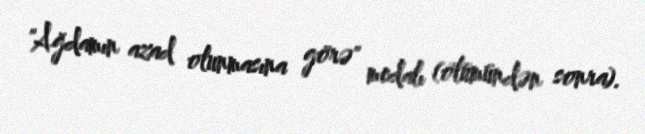
"Ağdamın azad olunmasına görə" medalı (ölümündən sonra).